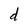
Character: d